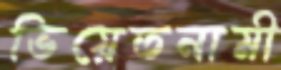
ভিয়েতনামী